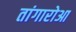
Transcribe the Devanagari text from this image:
तांगारोआ